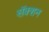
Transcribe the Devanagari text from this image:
सॅक्शन